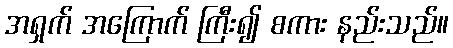
အရှက် အကြောက် ကြီး၍ စကား နည်းသည်။